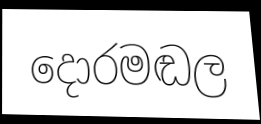
දොරමඬල